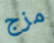
مزج